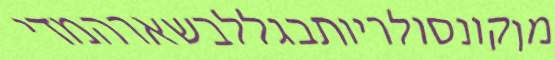
מןקונסולריותבגללבשארהמדי